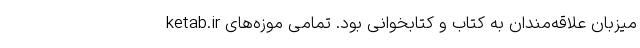
ketab.ir میزبان علاقه‌مندان به کتاب و کتابخوانی بود. تمامی موزه‌های